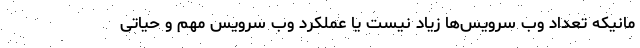
مانیکه تعداد وب سرویس‌ها زیاد نیست یا عملکرد وب سرویس مهم و حیاتی